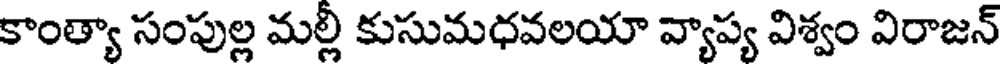
కాంత్యా సంపుల్ల మల్లీ కుసుమధవలయా వ్యాప్య విశ్వం విరాజన్